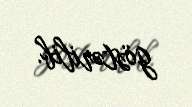
göstərilib.